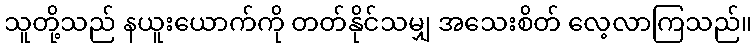
သူတို့သည် နယူးယောက်ကို တတ်နိုင်သမျှ အသေးစိတ် လေ့လာကြသည်။